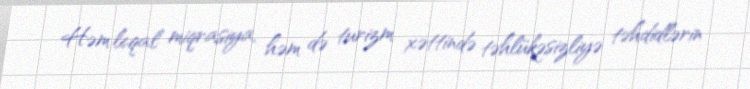
Həm leqal miqrasiya, həm də turizm xəttində təhlükəsizliyə təhdidlərin